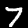
Label: 7